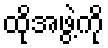
ထိုအဖွဲ့ကို